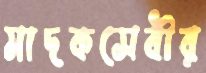
মাদকসেবীর